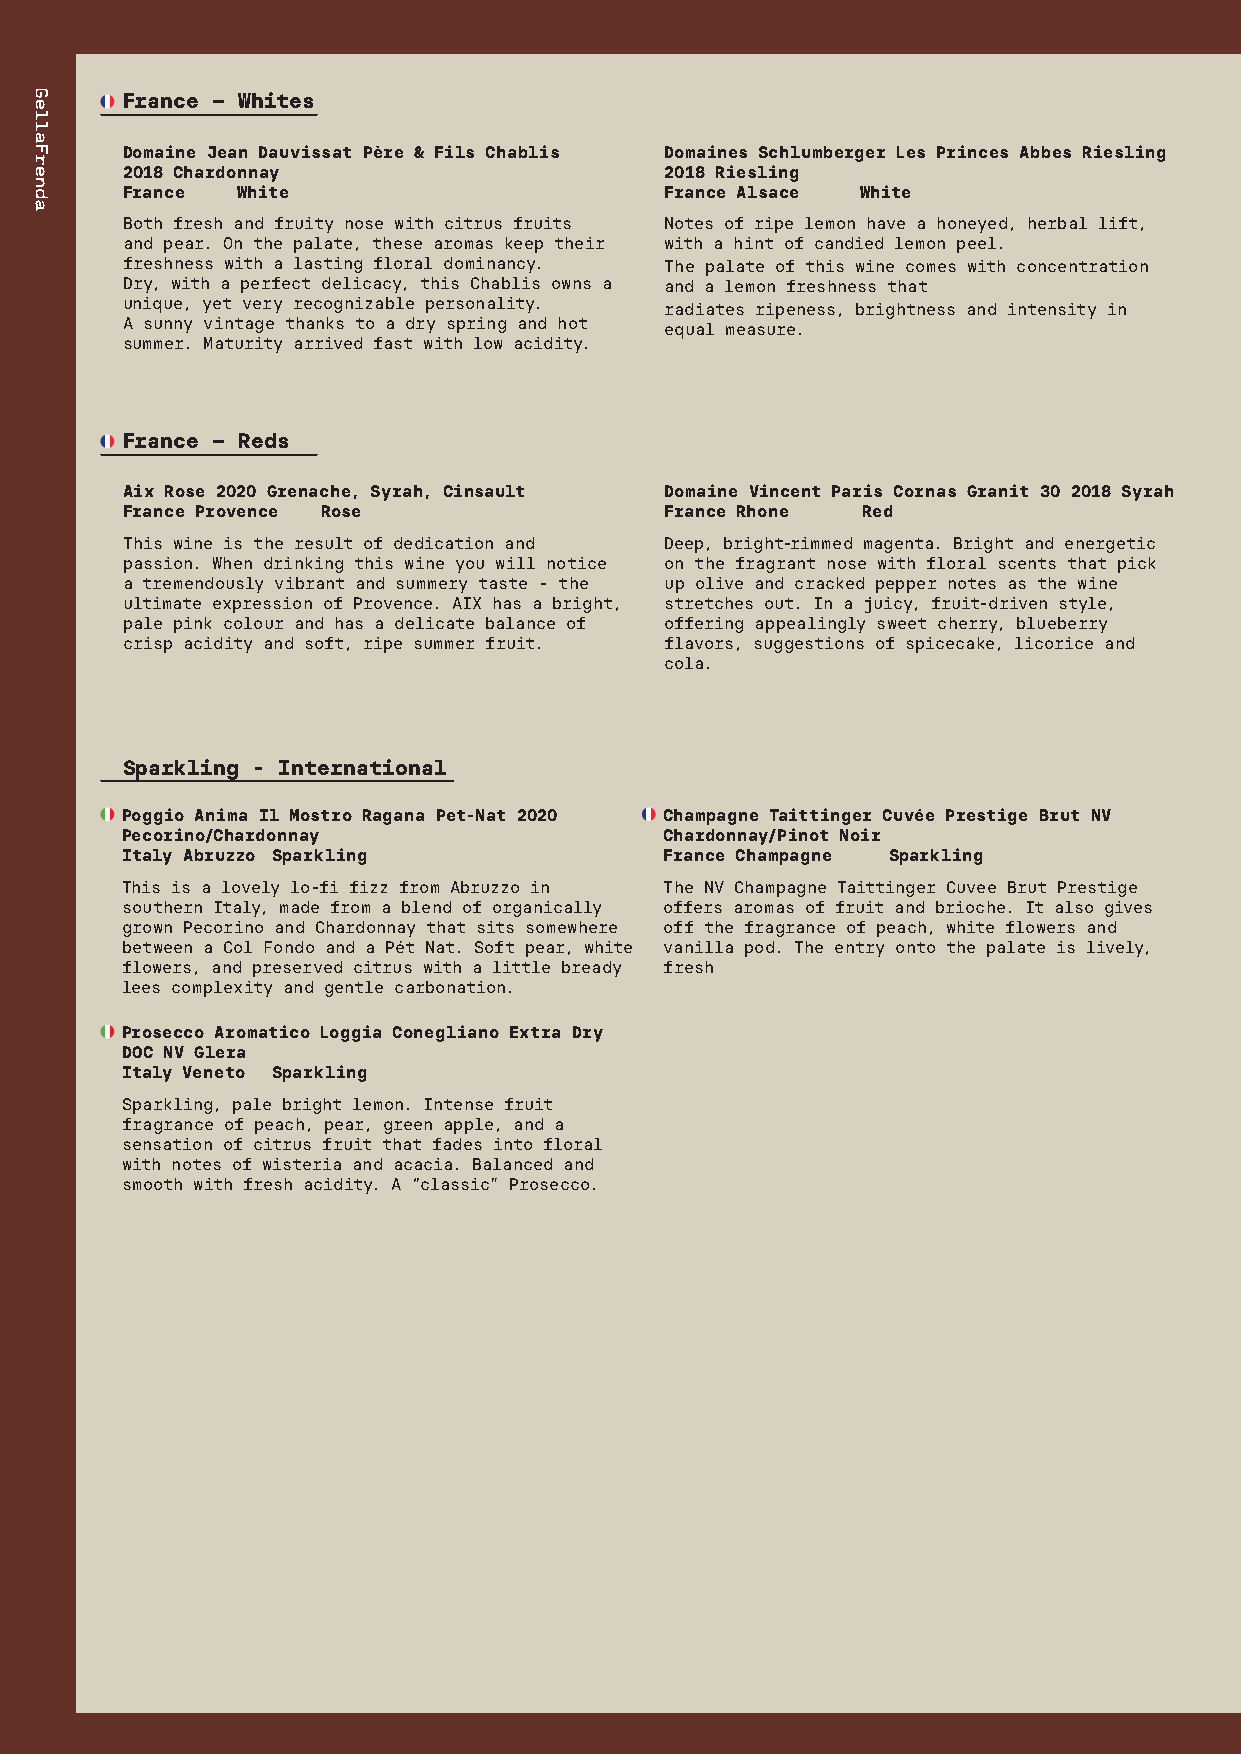
France – Whites
 Domaine Jean Dauvissat Père & Fils Chablis Domaines Schlumberger Les Princes Abbes Riesling
 2018 Chardonnay                     2018 Riesling
 France  White                       France Alsace White
 Both fresh and fruity nose with citrus fruits Notes of ripe lemon have a honeyed, herbal lift,
 and pear. On the palate, these aromas keep their with a hint of candied lemon peel.
 freshness with a lasting floral dominancy. The palate of this wine comes with concentration
 Dry, with a perfect delicacy, this Chablis owns a and a lemon freshness that
 unique, yet very recognizable personality. radiates ripeness, brightness and intensity in
 A sunny vintage thanks to a dry spring and hot equal measure.
 summer. Maturity arrived fast with low acidity.
 France – Reds
 Aix Rose 2020 Grenache, Syrah, Cinsault Domaine Vincent Paris Cornas Granit 30 2018 Syrah
 France Provence Rose                France Rhone Red
 This wine is the result of dedication and Deep, bright-rimmed magenta. Bright and energetic
 passion. When drinking this wine you will notice on the fragrant nose with floral scents that pick
 a tremendously vibrant and summery taste - the up olive and cracked pepper notes as the wine
 ultimate expression of Provence. AIX has a bright, stretches out. In a juicy, fruit-driven style,
 pale pink colour and has a delicate balance of offering appealingly sweet cherry, blueberry
 crisp acidity and soft, ripe summer fruit. flavors, suggestions of spicecake, licorice and
 cola.
 Sparkling - International
 Poggio Anima Il Mostro Ragana Pet-Nat 2020 Champagne Taittinger Cuvée Prestige Brut NV
 Pecorino/Chardonnay                 Chardonnay/Pinot Noir
 Italy Abruzzo Sparkling             France Champagne Sparkling
 This is a lovely lo-fi fizz from Abruzzo in The NV Champagne Taittinger Cuvee Brut Prestige
 southern Italy, made from a blend of organically offers aromas of fruit and brioche. It also gives
 grown Pecorino and Chardonnay that sits somewhere off the fragrance of peach, white flowers and
 between a Col Fondo and a Pét Nat. Soft pear, white vanilla pod. The entry onto the palate is lively,
 flowers, and preserved citrus with a little bready fresh
 lees complexity and gentle carbonation.
 Prosecco Aromatico Loggia Conegliano Extra Dry
 DOC NV Glera
 Italy Veneto Sparkling
 Sparkling, pale bright lemon. Intense fruit
 fragrance of peach, pear, green apple, and a
 sensation of citrus fruit that fades into floral
 with notes of wisteria and acacia. Balanced and
 smooth with fresh acidity. A “classic” Prosecco.